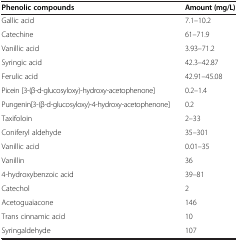
<table><thead><tr><td><b>Phenolic compounds</b></td><td><b>Amount (mg/L)</b></td></tr></thead><tbody><tr><td>Gallic acid</td><td>7.1–10.2</td></tr><tr><td>Catechine</td><td>61–71.9</td></tr><tr><td>Vanillic acid</td><td>3.93–71.2</td></tr><tr><td>Syringic acid</td><td>42.3–42.87</td></tr><tr><td>Ferulic acid</td><td>42.91–45.08</td></tr><tr><td>Picein [3-(β-d-glucosyloxy)-hydroxy-acetophenone]</td><td>0.2–1.4</td></tr><tr><td>Pungenin[3-(β-d-glucosyloxy)-4-hydroxy-acetophenone]</td><td>0.2</td></tr><tr><td>Taxifoloin</td><td>2–33</td></tr><tr><td>Coniferyl aldehyde</td><td>35–301</td></tr><tr><td>Vanillic acid</td><td>0.01–35</td></tr><tr><td>Vanillin</td><td>36</td></tr><tr><td>4-hydroxybenzoic acid</td><td>39–81</td></tr><tr><td>Catechol</td><td>2</td></tr><tr><td>Acetoguaiacone</td><td>146</td></tr><tr><td>Trans cinnamic acid</td><td>10</td></tr><tr><td>Syringaldehyde</td><td>107</td></tr></tbody></table>